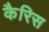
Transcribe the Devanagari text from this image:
कैरिस